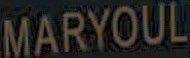
MARYOUL